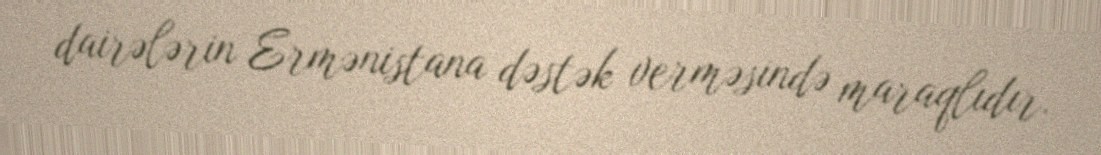
dairələrin Ermənistana dəstək verməsində maraqlıdır.